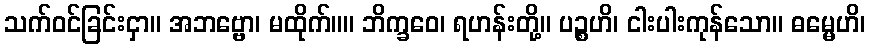
သက်ဝင်ခြင်းငှာ။ အဘဗ္ဗော၊ မထိုက်။။ ဘိက္ခဝေ၊ ရဟန်းတို့။ ပဉ္စဟိ၊ ငါးပါးကုန်သော။ ဓမ္မေဟိ၊